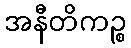
အနီတိကဉ္စ